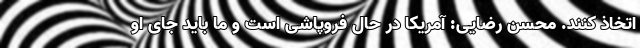
اتخاذ کنند. محسن رضایی: آمریکا در حال فروپاشی است و ما باید جای او